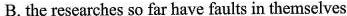
B. the researchas so far have faults in themselves